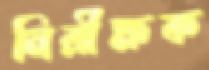
নিরীক্ষক